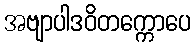
အဗျာပါဒဝိတက္ကောပေ